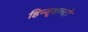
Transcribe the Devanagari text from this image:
हिन्दूशब्दों